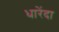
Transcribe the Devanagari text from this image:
धारेंदा